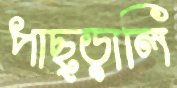
পাছ্‌ড়ালি